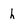
Character: h